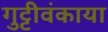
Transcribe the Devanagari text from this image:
गुट्टीवंकाया